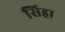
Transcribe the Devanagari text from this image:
सिड्रा